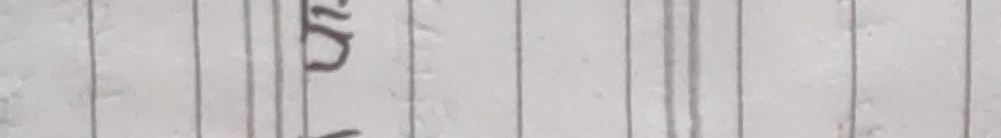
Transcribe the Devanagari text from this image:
द